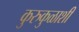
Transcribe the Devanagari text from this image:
कुरुकुळाशी